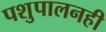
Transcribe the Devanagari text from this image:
पशुपालनही